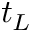
t _ { L }